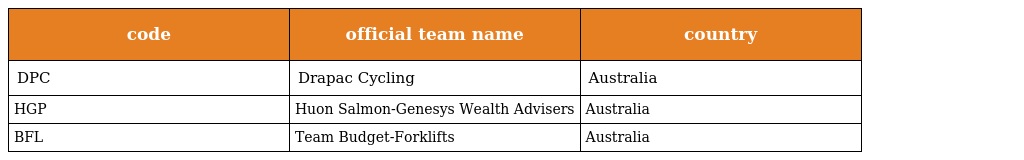
| code | official team name | country |
 | --- | --- | --- |
 | DPC | Drapac Cycling | Australia |
 | HGP | Huon Salmon-Genesys Wealth Advisers | Australia |
 | BFL | Team Budget-Forklifts | Australia |